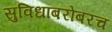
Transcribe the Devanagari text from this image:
सुविधांबरोबरच